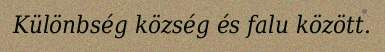
Különbség község és falu között.